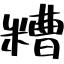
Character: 糟